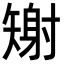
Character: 𪿎